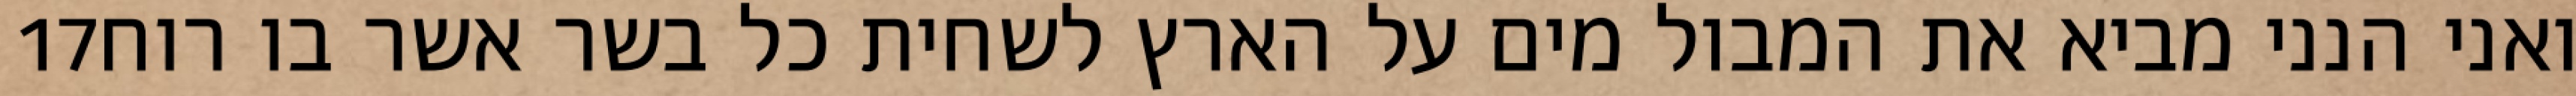
‎17‏ ואני הנני מביא את המבול מים על הארץ לשחית כל בשר אשר בו רוח